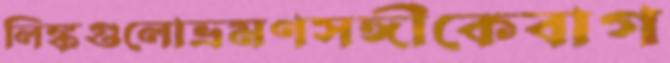
লিঙ্কগুলোভ্রমণসঙ্গীকেবাগ